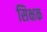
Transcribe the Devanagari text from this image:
सिक्षक